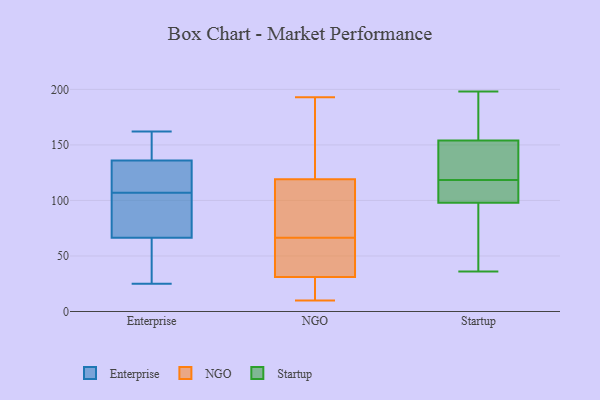
{"axis": {"x": "Shipments", "y": "Value"}, "legend": ["Enterprise", "NGO", "Startup"], "data": [{"x": "", "y": 127, "type": "Enterprise"}, {"x": "", "y": 83, "type": "Enterprise"}, {"x": "", "y": 61, "type": "Enterprise"}, {"x": "", "y": 122, "type": "Enterprise"}, {"x": "", "y": 121, "type": "Enterprise"}, {"x": "", "y": 93, "type": "Enterprise"}, {"x": "", "y": 56, "type": "Enterprise"}, {"x": "", "y": 136, "type": "Enterprise"}, {"x": "", "y": 156, "type": "Enterprise"}, {"x": "", "y": 162, "type": "Enterprise"}, {"x": "", "y": 29, "type": "Enterprise"}, {"x": "", "y": 25, "type": "Enterprise"}, {"x": "", "y": 138, "type": "Enterprise"}, {"x": "", "y": 110, "type": "Enterprise"}, {"x": "", "y": 104, "type": "Enterprise"}, {"x": "", "y": 52, "type": "Enterprise"}, {"x": "", "y": 160, "type": "Enterprise"}, {"x": "", "y": 87, "type": "Enterprise"}, {"x": "", "y": 72, "type": "Enterprise"}, {"x": "", "y": 136, "type": "Enterprise"}, {"x": "", "y": 60, "type": "NGO"}, {"x": "", "y": 28, "type": "NGO"}, {"x": "", "y": 80, "type": "NGO"}, {"x": "", "y": 139, "type": "NGO"}, {"x": "", "y": 185, "type": "NGO"}, {"x": "", "y": 134, "type": "NGO"}, {"x": "", "y": 126, "type": "NGO"}, {"x": "", "y": 99, "type": "NGO"}, {"x": "", "y": 112, "type": "NGO"}, {"x": "", "y": 10, "type": "NGO"}, {"x": "", "y": 67, "type": "NGO"}, {"x": "", "y": 14, "type": "NGO"}, {"x": "", "y": 28, "type": "NGO"}, {"x": "", "y": 47, "type": "NGO"}, {"x": "", "y": 13, "type": "NGO"}, {"x": "", "y": 34, "type": "NGO"}, {"x": "", "y": 66, "type": "NGO"}, {"x": "", "y": 37, "type": "NGO"}, {"x": "", "y": 193, "type": "NGO"}, {"x": "", "y": 111, "type": "NGO"}, {"x": "", "y": 142, "type": "Startup"}, {"x": "", "y": 39, "type": "Startup"}, {"x": "", "y": 36, "type": "Startup"}, {"x": "", "y": 125, "type": "Startup"}, {"x": "", "y": 148, "type": "Startup"}, {"x": "", "y": 112, "type": "Startup"}, {"x": "", "y": 150, "type": "Startup"}, {"x": "", "y": 158, "type": "Startup"}, {"x": "", "y": 111, "type": "Startup"}, {"x": "", "y": 108, "type": "Startup"}, {"x": "", "y": 45, "type": "Startup"}, {"x": "", "y": 103, "type": "Startup"}, {"x": "", "y": 188, "type": "Startup"}, {"x": "", "y": 198, "type": "Startup"}, {"x": "", "y": 46, "type": "Startup"}, {"x": "", "y": 103, "type": "Startup"}, {"x": "", "y": 93, "type": "Startup"}, {"x": "", "y": 157, "type": "Startup"}, {"x": "", "y": 172, "type": "Startup"}, {"x": "", "y": 151, "type": "Startup"}]}